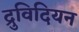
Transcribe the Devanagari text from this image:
द्रुविदियन